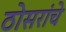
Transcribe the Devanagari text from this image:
ठोसरांचे